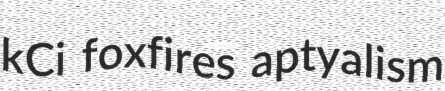
kCi foxfires aptyalism